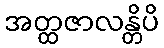
အတ္ထဇာလန္တိပိ